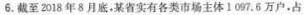
6.截至2018年8月底，某省实有各类市场主体1097.6万户,占